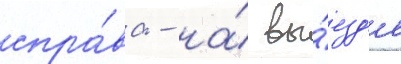
спра́ва - на́ вы́езд'е